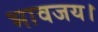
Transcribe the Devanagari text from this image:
भावजय।